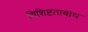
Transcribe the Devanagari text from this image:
विशिष्टताबोध